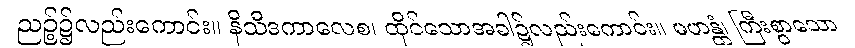
ညဉ့်၌လည်းကောင်း။ နိသီဒကာလေစ၊ ထိုင်သောအခါ၌လည်းကောင်း။ မဟန္တံ၊ ကြီးစွာသော